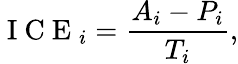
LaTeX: \mathrm{~I~C~E~}_{i}=\frac{A_{i}-P_{i}}{T_{i}},